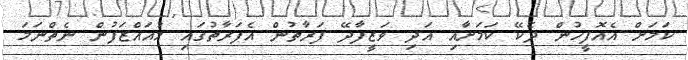
ކަމަށް އެއޮފީހުން ދެކޭ ކަމަށާއި އަދި ވަޒީފާދޭ ފަރާތުން އެފަރާތުގައި މުއައްޒަފުން ނެތްނަމަ